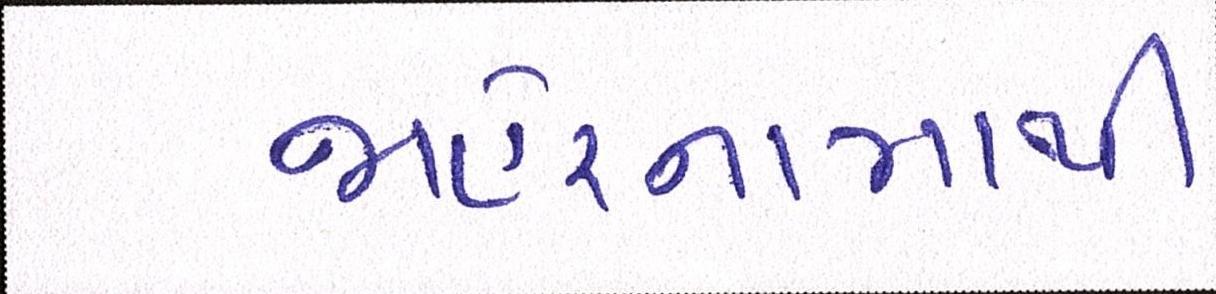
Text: જાહેરનામાથી